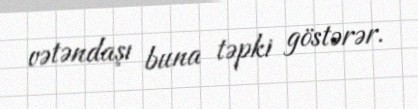
vətəndaşı buna təpki göstərər.